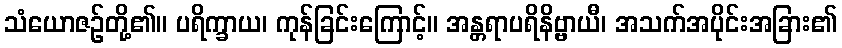
သံယောဇဉ်တို့၏။ ပရိက္ခာယ၊ ကုန်ခြင်းကြောင့်။ အန္တရာပရိနိဗ္ဗာယီ၊ အသက်အပိုင်းအခြား၏